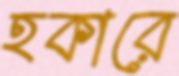
হকারে